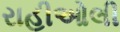
રાહીઓલી